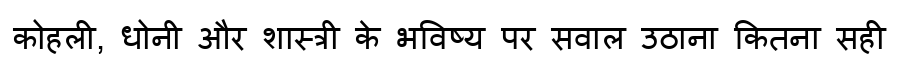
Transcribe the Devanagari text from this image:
कोहली, धोनी और शास्त्री के भविष्य पर सवाल उठाना कितना सही